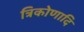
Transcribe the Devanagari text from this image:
त्रिकोणादि